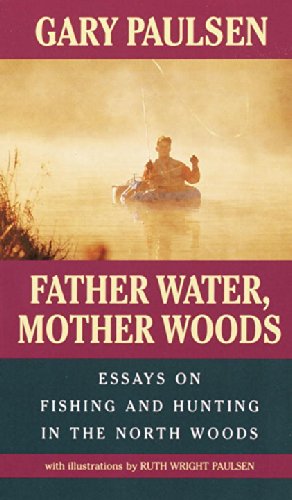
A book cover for Father Water, Mother Woods (Laurel-Leaf Books); Gary Paulsen; Teen & Young Adult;